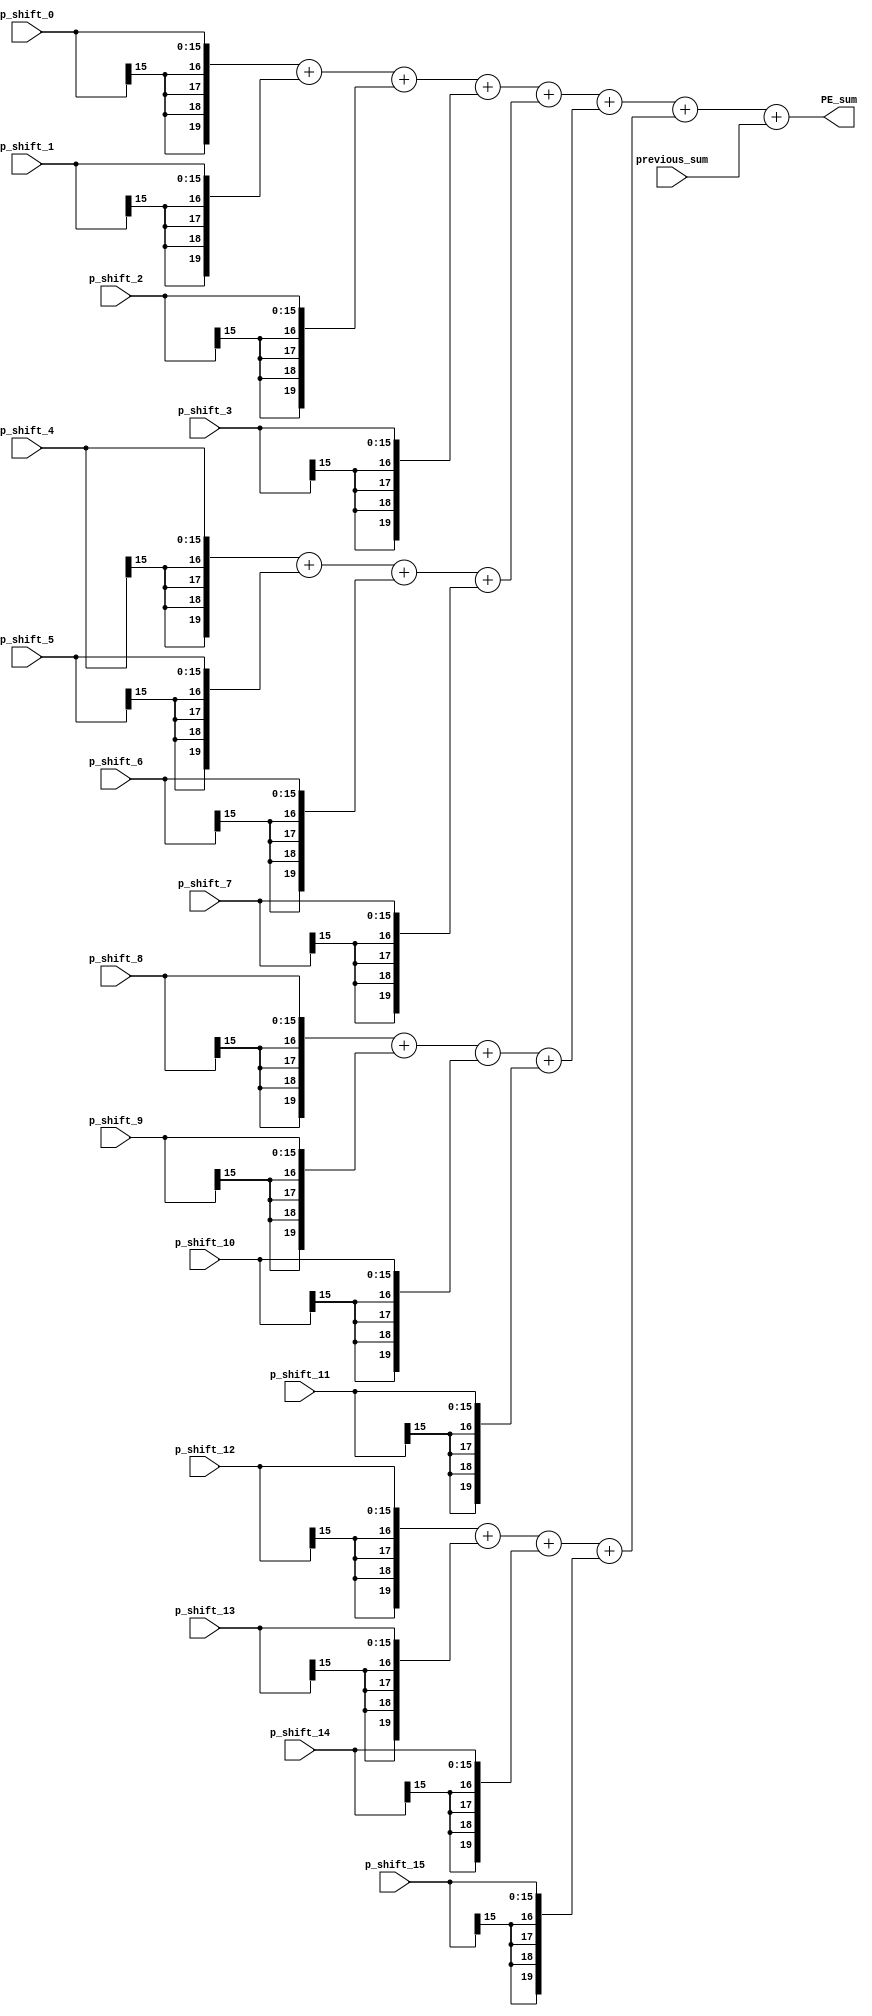
`timescale 1ns / 1ps

module PE_adder(
    input [15:0] p_shift_0, 
    input [15:0] p_shift_1,
    input [15:0] p_shift_2,
    input [15:0] p_shift_3,
    input [15:0] p_shift_4,
    input [15:0] p_shift_5,
    input [15:0] p_shift_6,
    input [15:0] p_shift_7,
    input [15:0] p_shift_8,
    input [15:0] p_shift_9,
    input [15:0] p_shift_10,
    input [15:0] p_shift_11,
    input [15:0] p_shift_12,
    input [15:0] p_shift_13,
    input [15:0] p_shift_14,
    input [15:0] p_shift_15,
    input [19:0] previous_sum,
    
    output [19:0] PE_sum
);

    // More optimization possible? probably compiler would do that
    wire [19:0] p_shift_extend [15:0]; 
    
    assign p_shift_extend[0] = { {4{p_shift_0[15]}}, p_shift_0 };
    assign p_shift_extend[1] = { {4{p_shift_1[15]}}, p_shift_1 };
    assign p_shift_extend[2] = { {4{p_shift_2[15]}}, p_shift_2 };
    assign p_shift_extend[3] = { {4{p_shift_3[15]}}, p_shift_3 };
    assign p_shift_extend[4] = { {4{p_shift_4[15]}}, p_shift_4 };
    assign p_shift_extend[5] = { {4{p_shift_5[15]}}, p_shift_5 };
    assign p_shift_extend[6] = { {4{p_shift_6[15]}}, p_shift_6 };
    assign p_shift_extend[7] = { {4{p_shift_7[15]}}, p_shift_7 };
    assign p_shift_extend[8] = { {4{p_shift_8[15]}}, p_shift_8 };
    assign p_shift_extend[9] = { {4{p_shift_9[15]}}, p_shift_9 };
    assign p_shift_extend[10] = { {4{p_shift_10[15]}}, p_shift_10 };
    assign p_shift_extend[11] = { {4{p_shift_11[15]}}, p_shift_11 };
    assign p_shift_extend[12] = { {4{p_shift_12[15]}}, p_shift_12 };
    assign p_shift_extend[13] = { {4{p_shift_13[15]}}, p_shift_13 };
    assign p_shift_extend[14] = { {4{p_shift_14[15]}}, p_shift_14 };
    assign p_shift_extend[15] = { {4{p_shift_15[15]}}, p_shift_15 };
    
    wire [19:0] adder_1; 
    wire [19:0] adder_2;
    wire [19:0] adder_3;
    wire [19:0] adder_4;
    
    assign adder_1 = p_shift_extend[0] + p_shift_extend[1] + p_shift_extend[2] + p_shift_extend[3]; 
    assign adder_2 = p_shift_extend[4] + p_shift_extend[5] + p_shift_extend[6] + p_shift_extend[7]; 
    assign adder_3 = p_shift_extend[8] + p_shift_extend[9] + p_shift_extend[10] + p_shift_extend[11]; 
    assign adder_4 = p_shift_extend[12] + p_shift_extend[13] + p_shift_extend[14] + p_shift_extend[15]; 
    
    assign PE_sum =  adder_1 + adder_2 + adder_3 + adder_4 + previous_sum;
    
endmodule